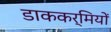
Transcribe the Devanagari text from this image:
डाककर्मियों